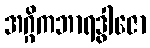
အဂ္ဂိကဘာရဒွါဇော